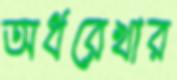
অর্ধরেখার